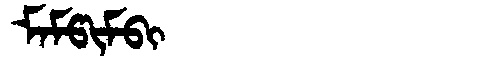
Manchu: ᠮᠠᠮᡦᡳᠮᠪᡳ
Romanization: MAMPIMBI